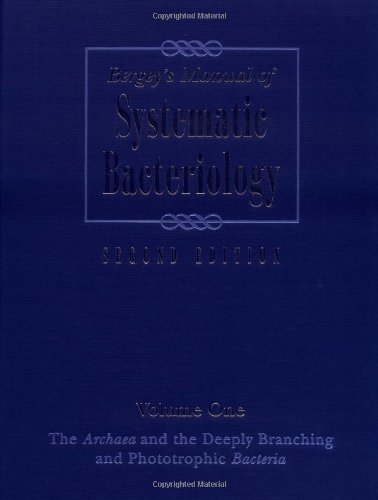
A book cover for Bergey's Manual of Systematic Bacteriology: Volume One : The Archaea and the Deeply Branching and Phototrophic Bacteria (Bergey's Manual of Systematic Bacteriology 2nd Edition); Medical Books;